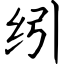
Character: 纼